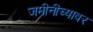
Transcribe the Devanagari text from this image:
जमीनीच्यावर